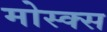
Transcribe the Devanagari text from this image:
मोस्क्स